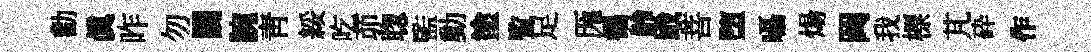
勸眞昨勿闊腕靑綏吃茆聦監動塗覧足厖徧龄戢菩堕囁煬岡我標芃砕作